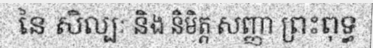
នៃ សិល្បៈ និង និមិត្ត សញ្ញា ព្រះពុទ្ធ